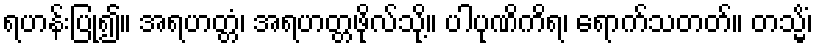
ရဟန်းပြု၍။ အရဟတ္တံ၊ အရဟတ္တဖိုလ်သို့။ ပါပုဏိကိရ၊ ရောက်သတတ်။ တသ္မိံ၊